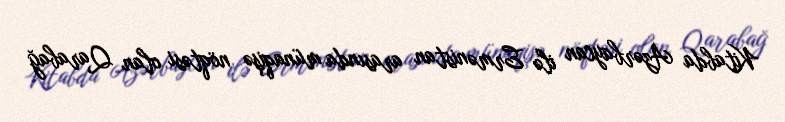
Kitabda Azərbaycan ilə Ermənistan arasında münaqişə nöqtəsi olan Qarabağ